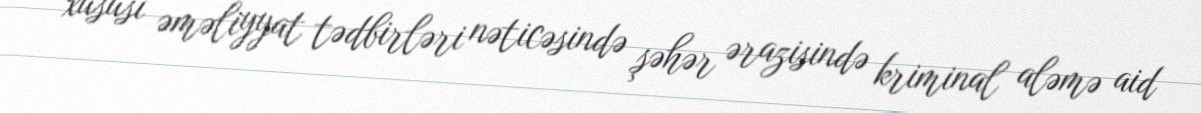
xüsusi əməliyyat tədbirləri nəticəsində şəhər ərazisində kriminal aləmə aid